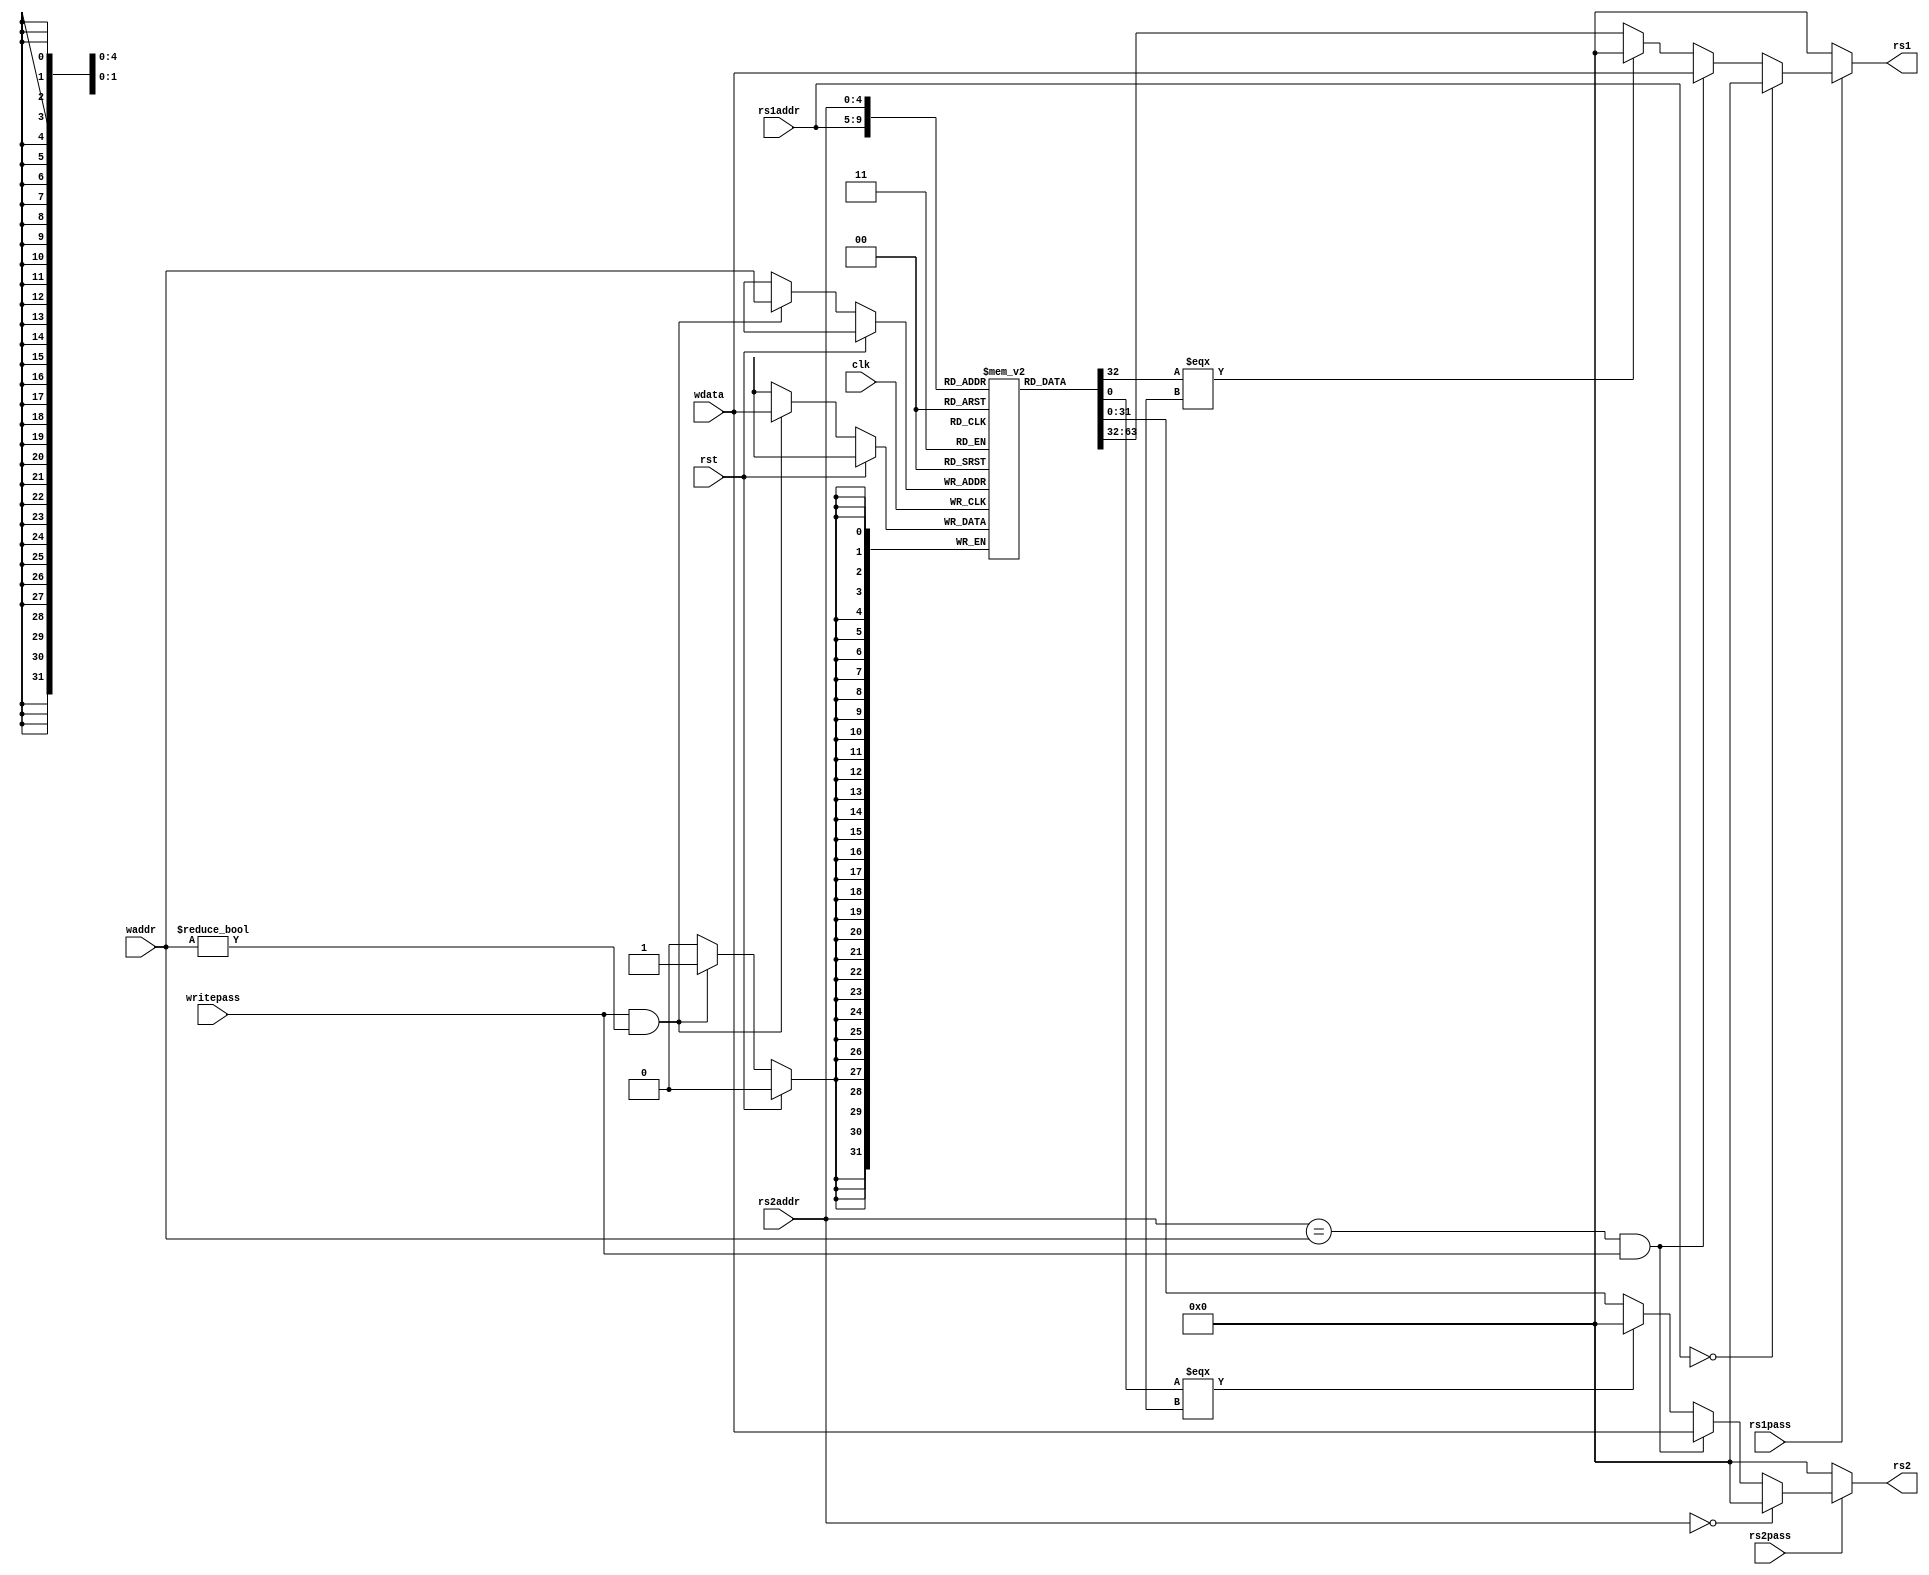
`define regbus 31:0
`define addrbus 4:0
`define reglen 32
`define regcomb 5
`define on 1'b1
`define off 1'b0
`define regoff {`regcomb{`off}}
`define offword {32{`off}}


module regfile
    (
    input clk,
    input rst,

    input writepass,
    input [`addrbus] waddr,
    input [`regbus] wdata,

    input rs1pass,
    input [`addrbus] rs1addr,

    input rs2pass,
    input [`addrbus] rs2addr,

    output reg[`regbus] rs1,
    output reg[`regbus] rs2
    );
    reg[`regbus] regs[`reglen - 1:0]; // regs[n][0] = 1'b0
    always @(posedge clk) begin
        if (rst == `off) begin
            if (writepass == `on && waddr != `regoff)
                regs[waddr] <= wdata;
        end
    end

    always@(*) begin
        if(rs1pass == `on) begin
            if(rs1addr == `regoff) rs1 = `offword;
            else if(rs2addr == waddr && writepass == `on)
                rs1 = wdata;
            else begin
                if(regs[rs1addr][0] === 1'bX) rs1 = 0;
                else rs1 = regs[rs1addr];
            end
        end
        else rs1 = `offword;
    end

    always@(*) begin
        if(rs2pass == `on) begin
            if(rs2addr == `regoff) rs2 = `offword;
            else if(rs2addr == waddr && writepass == `on)
                rs2 = wdata;
            else begin
                if(regs[rs2addr][0] === 1'bX) rs2 = 0;
                else rs2 = regs[rs2addr];
            end
        end
        else rs2 = `offword;
    end

endmodule